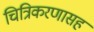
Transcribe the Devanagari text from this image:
चित्रिकरणासह